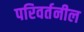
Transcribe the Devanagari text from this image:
परिवर्तनील